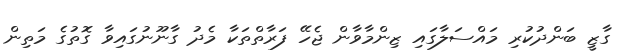
ގާޒީ ބަންދުކުރި މައްސަލާގައި ޒިންމާވާން ޖެހޭ ފަރާތްތަކާ މެދު ގާނޫނުގައިވާ ގޮތުގެ މަތިން